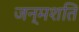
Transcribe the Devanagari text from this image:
जन्मशति